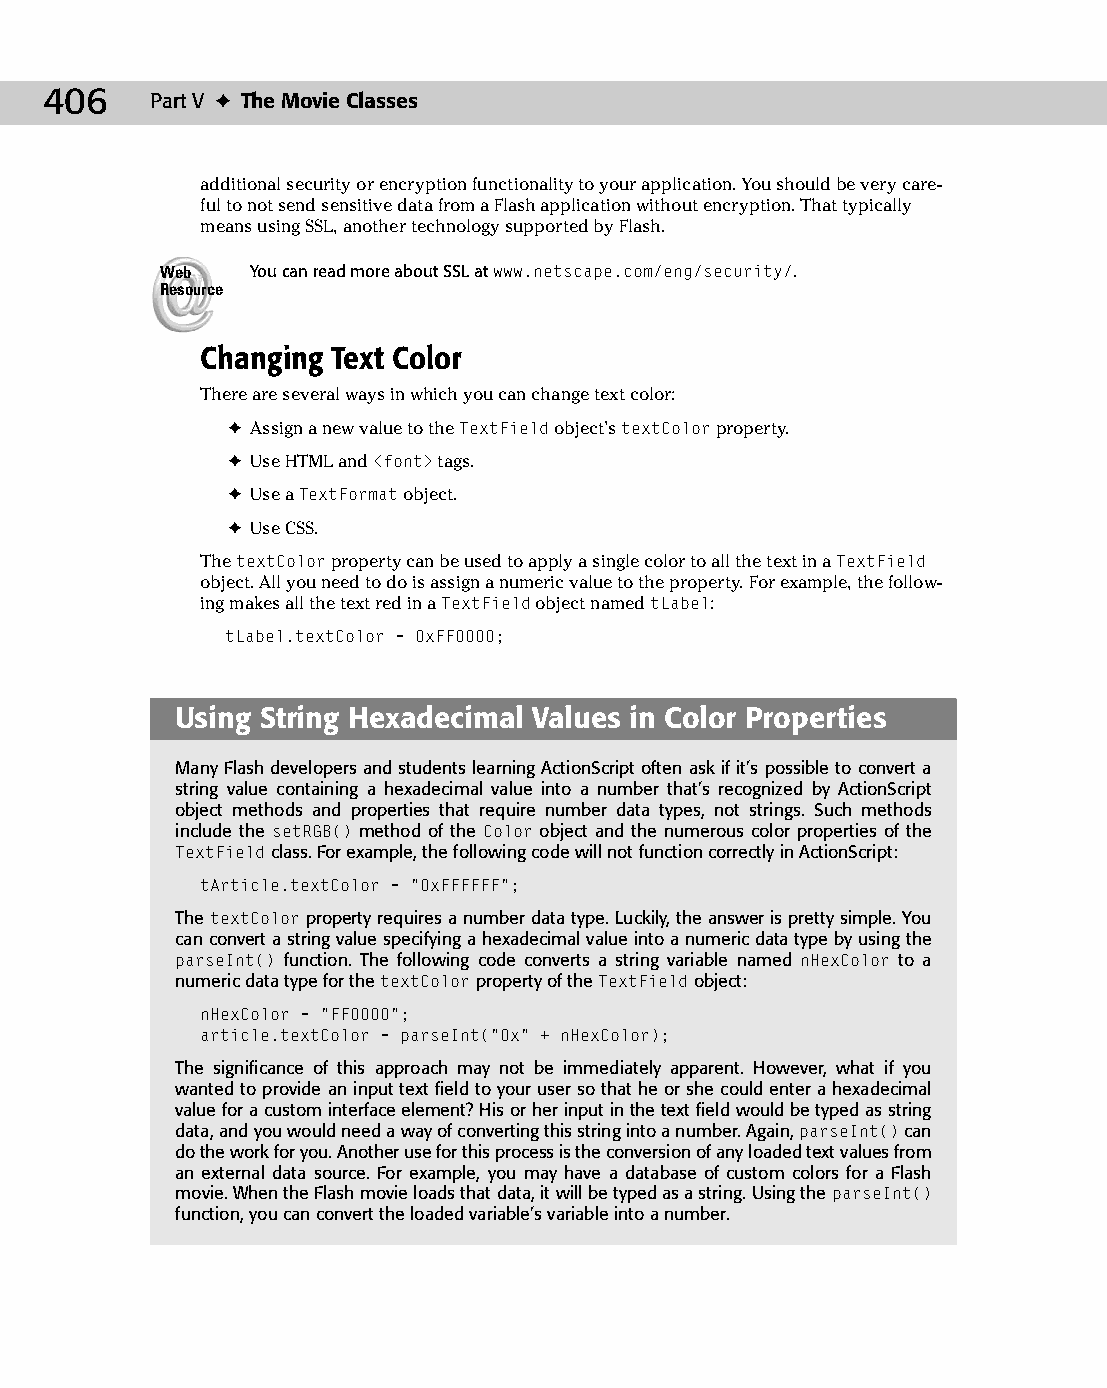
23 543547 ch17.qxd 3/24/04 4:11 PM Page 406
 406    Part V ✦ The Movie Classes
 additional security or encryption functionality to your application. You should be very care­
 ful to not send sensitive data from a Flash application without encryption. That typically
 means using SSL, another technology supported by Flash.
 Web   You can read more about SSL at www.netscape.com/eng/security/.
 Resource
 Changing Text Color
 There are several ways in which you can change text color:
 ✦ Assign a new value to the TextField object’s textColor property.
 ✦ Use HTML and <font> tags.
 ✦ Use a TextFormat object.
 ✦ Use CSS.
 The textColor property can be used to apply a single color to all the text in a TextField
 object. All you need to do is assign a numeric value to the property. For example, the follow­
 ing makes all the text red in a TextField object named tLabel:
 tLabel.textColor = 0xFF0000;
 Using String Hexadecimal Values in Color Properties
 Many Flash developers and students learning ActionScript often ask if it’s possible to convert a
 string value containing a hexadecimal value into a number that’s recognized by ActionScript
 object methods and properties that require number data types, not strings. Such methods
 include the setRGB() method of the Color object and the numerous color properties of the
 TextField class. For example, the following code will not function correctly in ActionScript:
 tArticle.textColor = “0xFFFFFF”;
 The textColor property requires a number data type. Luckily, the answer is pretty simple. You
 can convert a string value specifying a hexadecimal value into a numeric data type by using the
 parseInt() function. The following code converts a string variable named nHexColor to a
 numeric data type for the textColor property of the TextField object:
 nHexColor = “FF0000”;
 article.textColor = parseInt(“0x” + nHexColor);
 The significance of this approach may not be immediately apparent. However, what if you
 wanted to provide an input text field to your user so that he or she could enter a hexadecimal
 value for a custom interface element? His or her input in the text field would be typed as string
 data, and you would need a way of converting this string into a number. Again, parseInt() can
 do the work for you. Another use for this process is the conversion of any loaded text values from
 an external data source. For example, you may have a database of custom colors for a Flash
 movie. When the Flash movie loads that data, it will be typed as a string. Using the parseInt()
 function, you can convert the loaded variable’s variable into a number.